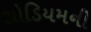
સોડિયમની